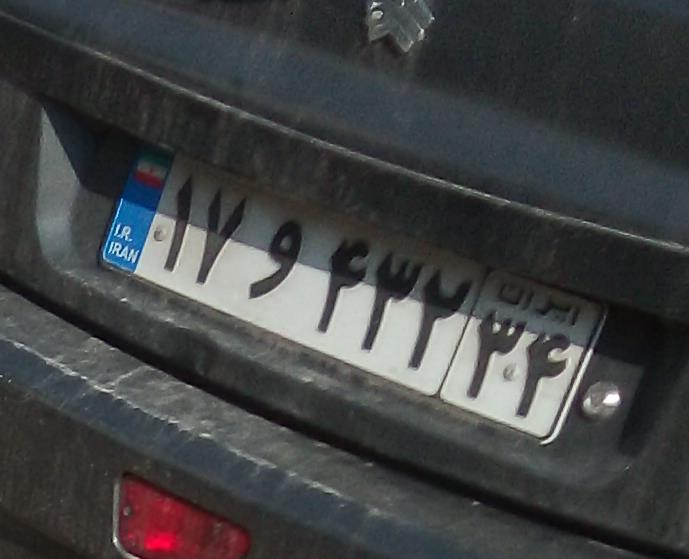
۱۷و۴۳۲۳۴